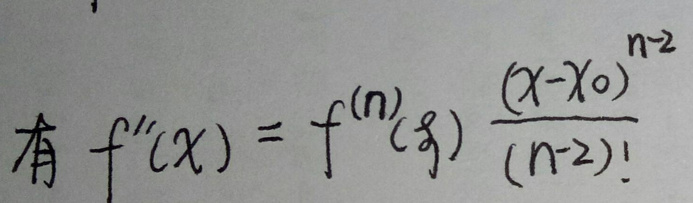
有$  f''(x)=f^{(n)}(\xi)\frac{(x - x_0)^{n - 2}}{(n - 2)!}$